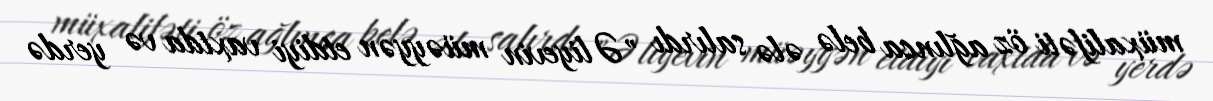
müxalifəti öz ağlınca belə ələ salırdı "Əliyevin müəyyən etdiyi vaxtda və yerdə